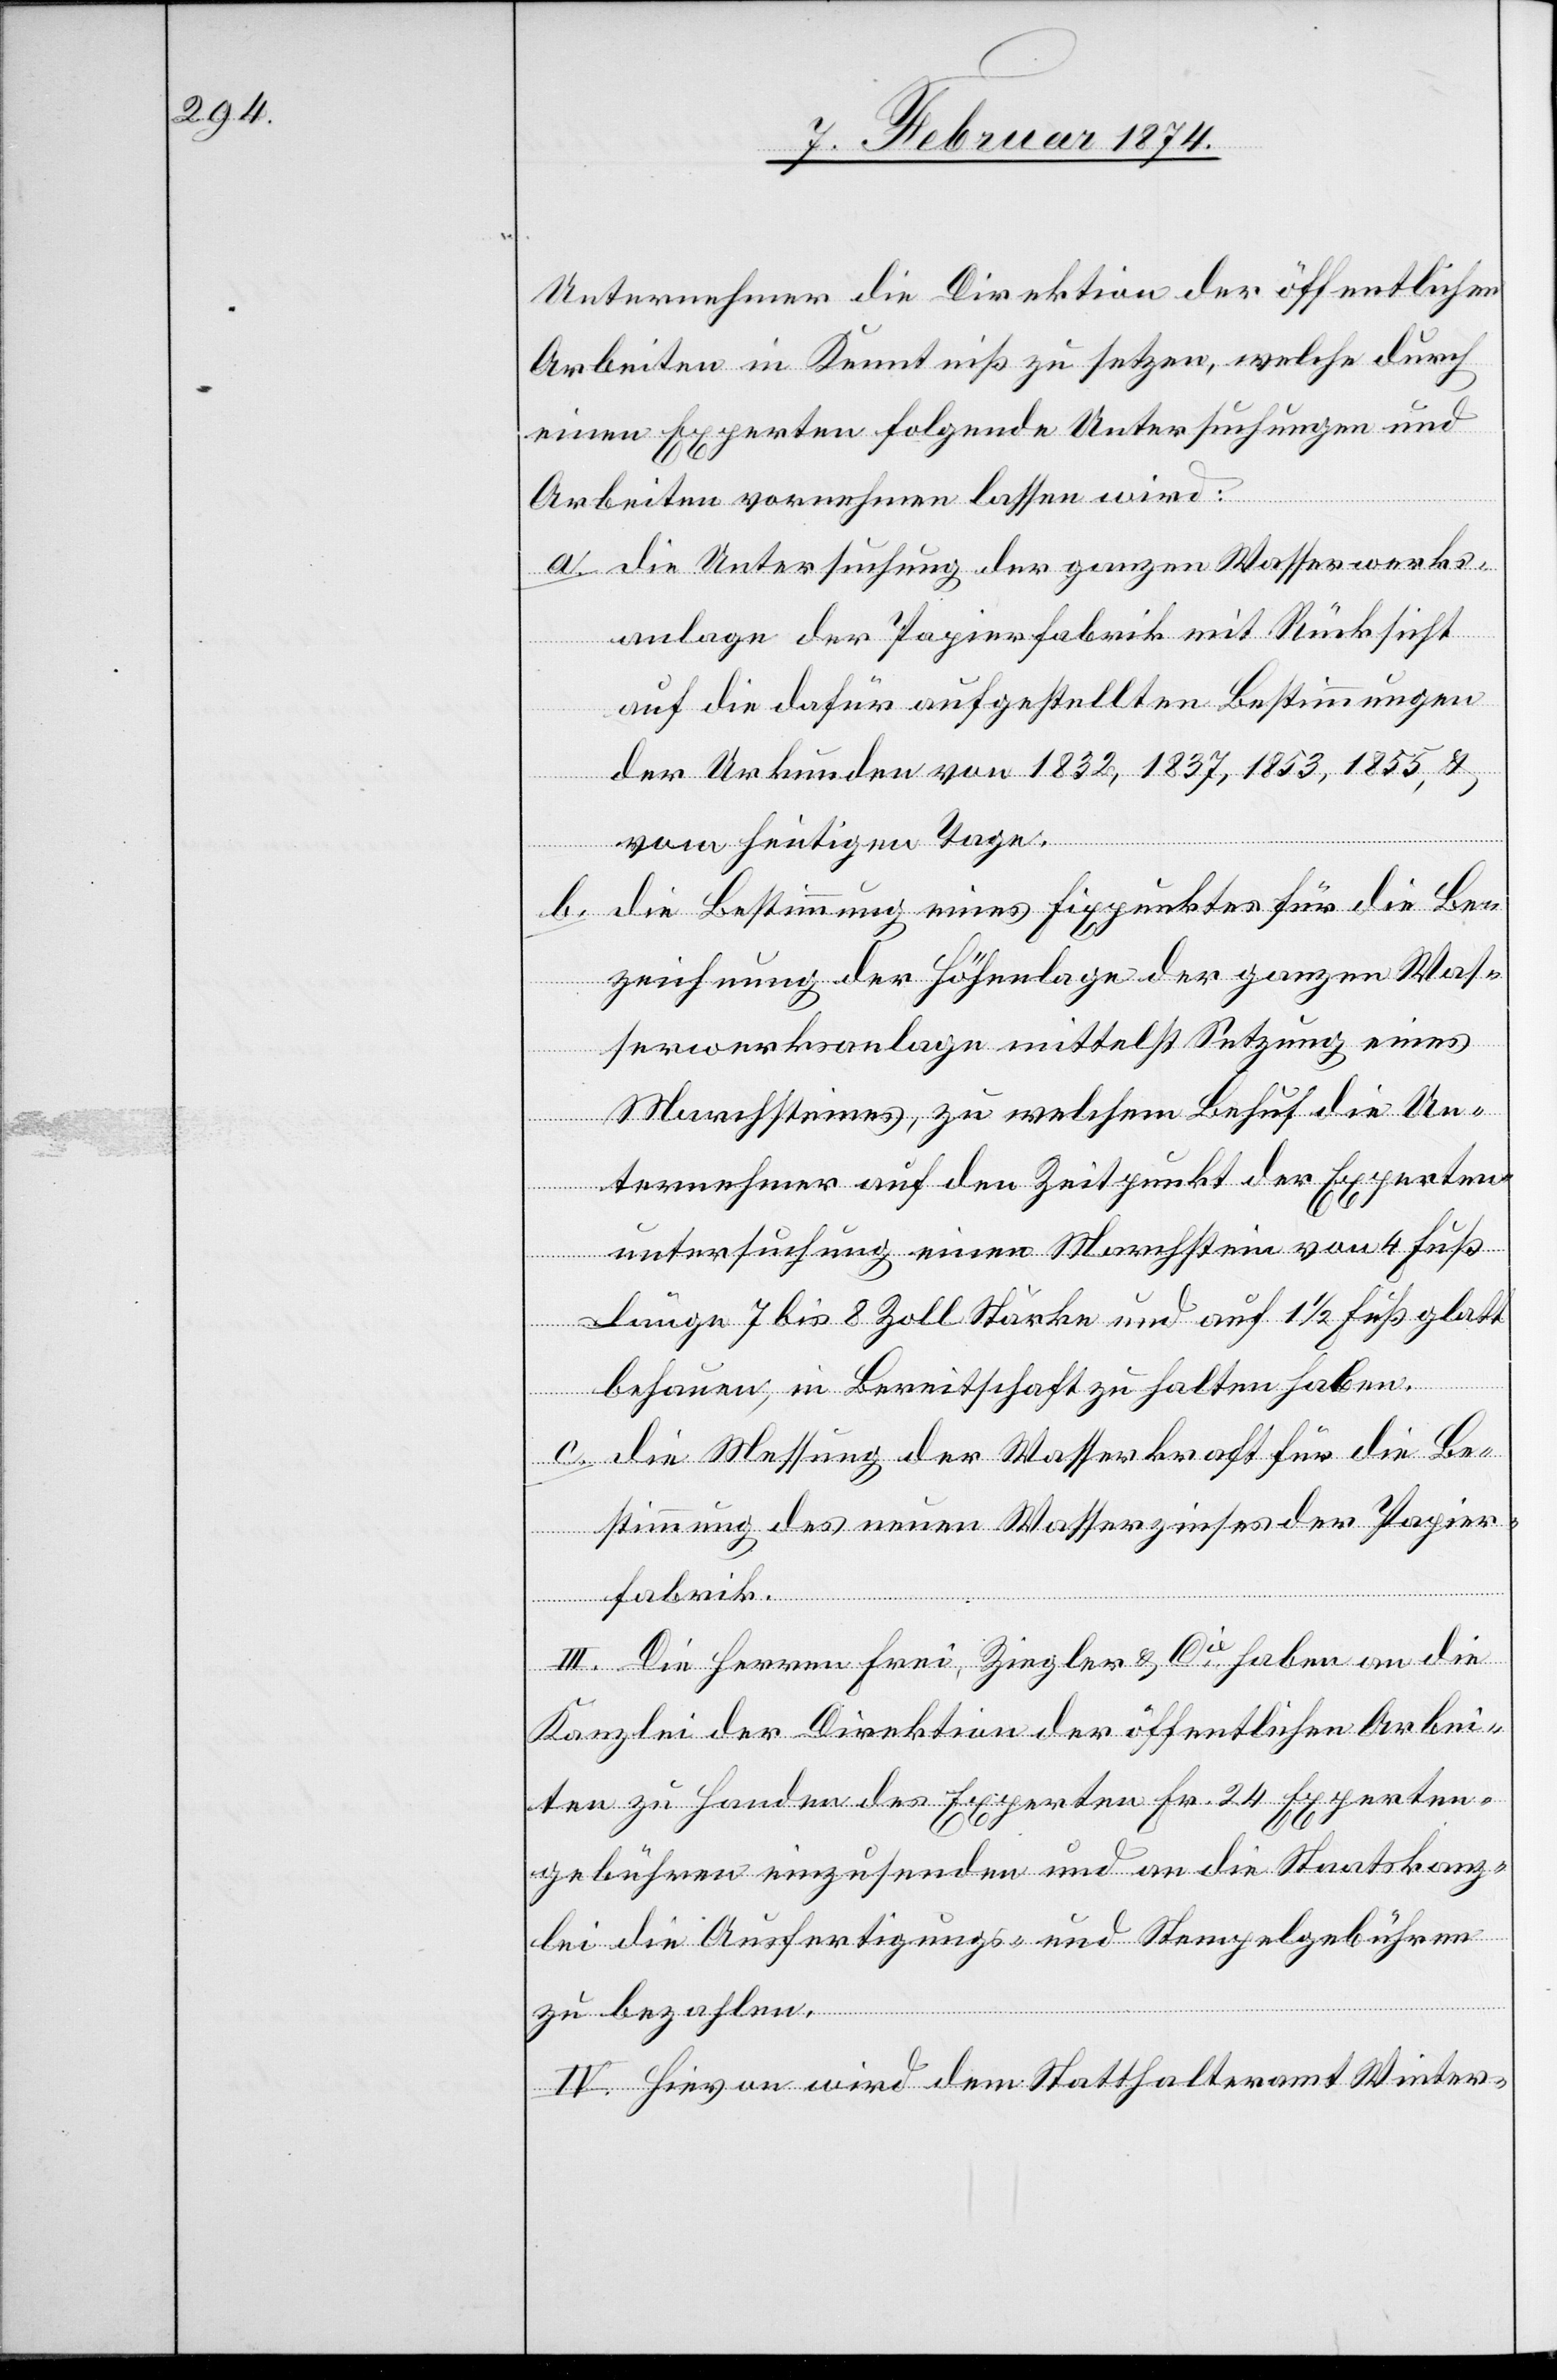
Unternehmer die Direktion der öffentlichen
Arbeiten in Kenntniß zu setzen, welche durch
einen Experten folgende Untersuchungen und
Arbeiten vornehmen lassen wird:
a. Die Untersuchung der ganzen Wasserwerks¬
anlage der Papierfabrik mit Rücksicht
auf die dafür aufgestellten Bestimmungen
der Urkunden von 1832, 1837, 1835, u.
vom heutigen Tage.
b. Die Bestimmung eines Fixpunktes für die Be¬
zeichnung der Höhenlage der ganzen Was¬
serwerksanlage mittelst Setzung eines
Marchsteines, zu welchem Behuf die Un¬
ternehmer auf den Zeitpunkt der Experten¬
untersuchung einen Marchstein von 4 Fuß
Länge [,] 7 bis 8 Zoll Stärke und auf 1 1/2 Fuß glatt
behauen, in Bereitschaft zu halten haben.
c. Die Messung der Wasserkraft für die Be¬
stimmung des neuen Wasserzinses der Papier¬
fabrik.
III. Die Herren Frei, Ziegler u. Cie haben an die
Kanzlei der Direktion der öffentlichen Arbei¬
ten zu Handen des Experten Fr. 24 Experten¬
gebühren einzusenden und an die Staatskanz¬
lei die Ausfertigungs- und Stempelgebühren
zu bezahlen.
IV. Hievon wird dem Statthalteramt Winter-